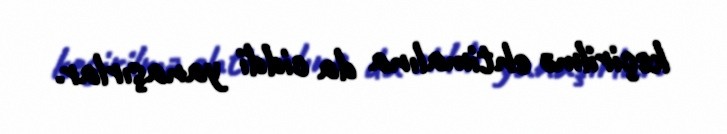
keçirilmə ehtimalına da ciddi yanaşırlar.